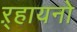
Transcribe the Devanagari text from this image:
ऱ्हायनो